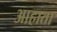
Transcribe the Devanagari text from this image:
आहाता